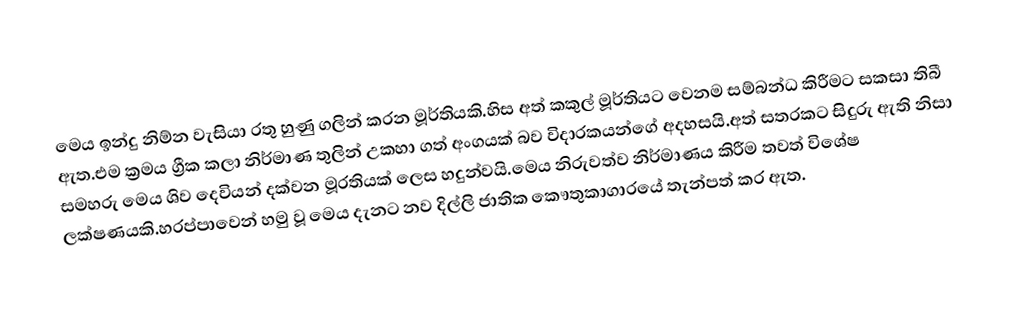
මෙය ඉන්දු නිම්න වැසියා රතු හුණු ගලින් කරන මූර්තියකි.හිස අත් කකුල් මූර්තියට වෙනම සම්බන්ධ කිරීමට සකසා  තිබී ඇත.එම ක්‍රමය ග්‍රීක කලා නිර්මාණ තුලින් උකහා ගත් අංගයක් බව විදාරකයන්ගේ අදහසයි.අත් සතරකට සිදුරු ඇති නිසා සමහරු මෙය ශිව දෙවියන් දක්වන මූරතියක් ලෙස හදුන්වයි.මෙය නිරුවත්ව නිර්මාණය කිරීම තවත් විශේෂ ලක්ෂණයකි.හරප්පාවෙන් හමු වූ මෙය දැනට නව දිල්ලි ජාතික කෞතුකාගාරයේ තැන්පත් කර ඇත.